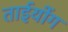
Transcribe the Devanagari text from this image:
ताईयोंग